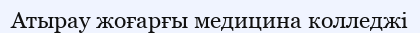
Атырау жоғарғы медицина колледжі